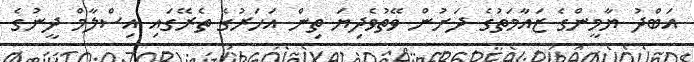
އަބްދު ޔާމީންގެ ޒައާމަތުގެ ދަށުން ވޭތުވެދިޔަ ތިން އަހަރުގެ ތެރޭގައި އިސްލާމް ދީނުގެ